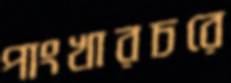
পাংখারচরে